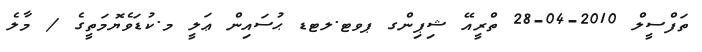
ތަފްސީލް 2010-04-28 ތްރީއޭ ޝިޕިންގ ޕވޓ.ލޓޑ ޙުސައިން ޢަލީ މ.ކުޑަވެޔޮމަތީގެ / މާލެ